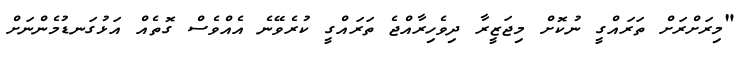
"މިރަށްރަށް ތަރައްގީ ނުކޮށް މިޖަޒީރާ ދިވެހިރާއްޖެ ތަރައްގީ ކުރެވޭނެ އެއްވެސް ގޮތެއް އަޅުގަނޑުމެންނަށް